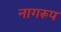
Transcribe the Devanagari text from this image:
नागरूप